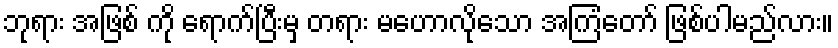
ဘုရား အဖြစ် ကို ရောက်ပြီးမှ တရား မဟောလိုသော အကြံတော် ဖြစ်ပါမည်လား။